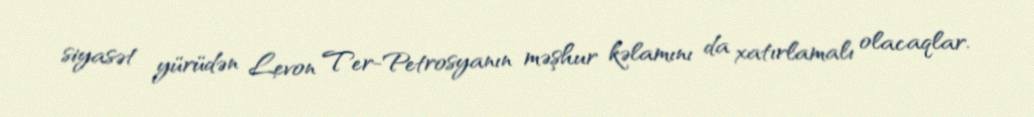
siyasət yürüdən Levon Ter-Petrosyanın məşhur kəlamını da xatırlamalı olacaqlar.